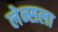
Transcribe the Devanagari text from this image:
लेन्सला